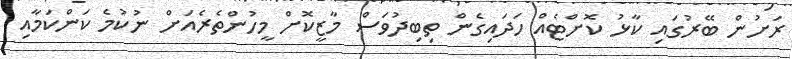
ރަށުން ބޭރުގައި ކާޅު ކޮށްޓެއް ހަދައިގެން ތިބިދުވަސް މާޒީކޮށް މީހުންތެރެއަށް ނުކުމެ ކަންކަމާއި